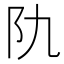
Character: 𨸒